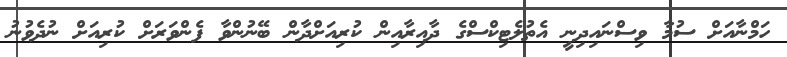
ހަމްނާއަށް ސުމާ ވިސްނައިދިނީ އެތުލެޓިކްސްގެ ދާއިރާއިން ކުރިއަށްދާން ބޭނުންވާ ފެންވަރަށް ކުރިއަށް ނުދެވުނު